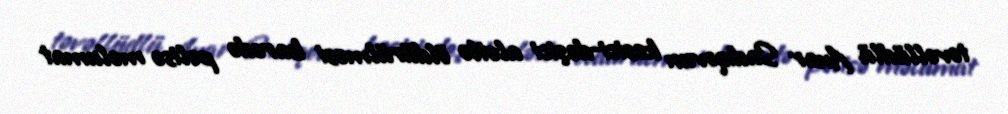
təvəllüdlü Anar Sadıqovun kəsici-deşici alətlə öldürülməsi barədə polisə məlumat